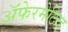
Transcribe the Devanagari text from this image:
अॅफेरमेटिव्ह